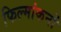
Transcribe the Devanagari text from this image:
फिल्मांकनों